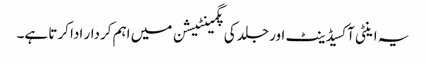
یہ اینٹی آکسیڈینٹ اور جلد کی پگمینٹیشن میں اہم کردار ادا کرتا ہے۔